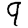
Digit: 9